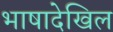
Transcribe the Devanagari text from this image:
भाषादेखिल